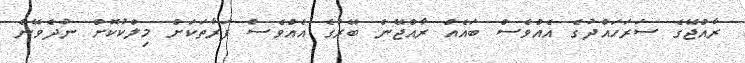
ރާއްޖޭގެ ސަރަހައްދުގެ އެއްވެސް ބައެއް ރާއްޖޭން ބޭރުގެ އެއްވެސް ފަރާތަކަށް މިލްކުކޮށް ނުދެވޭނެ